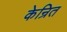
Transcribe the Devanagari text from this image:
केन्रित